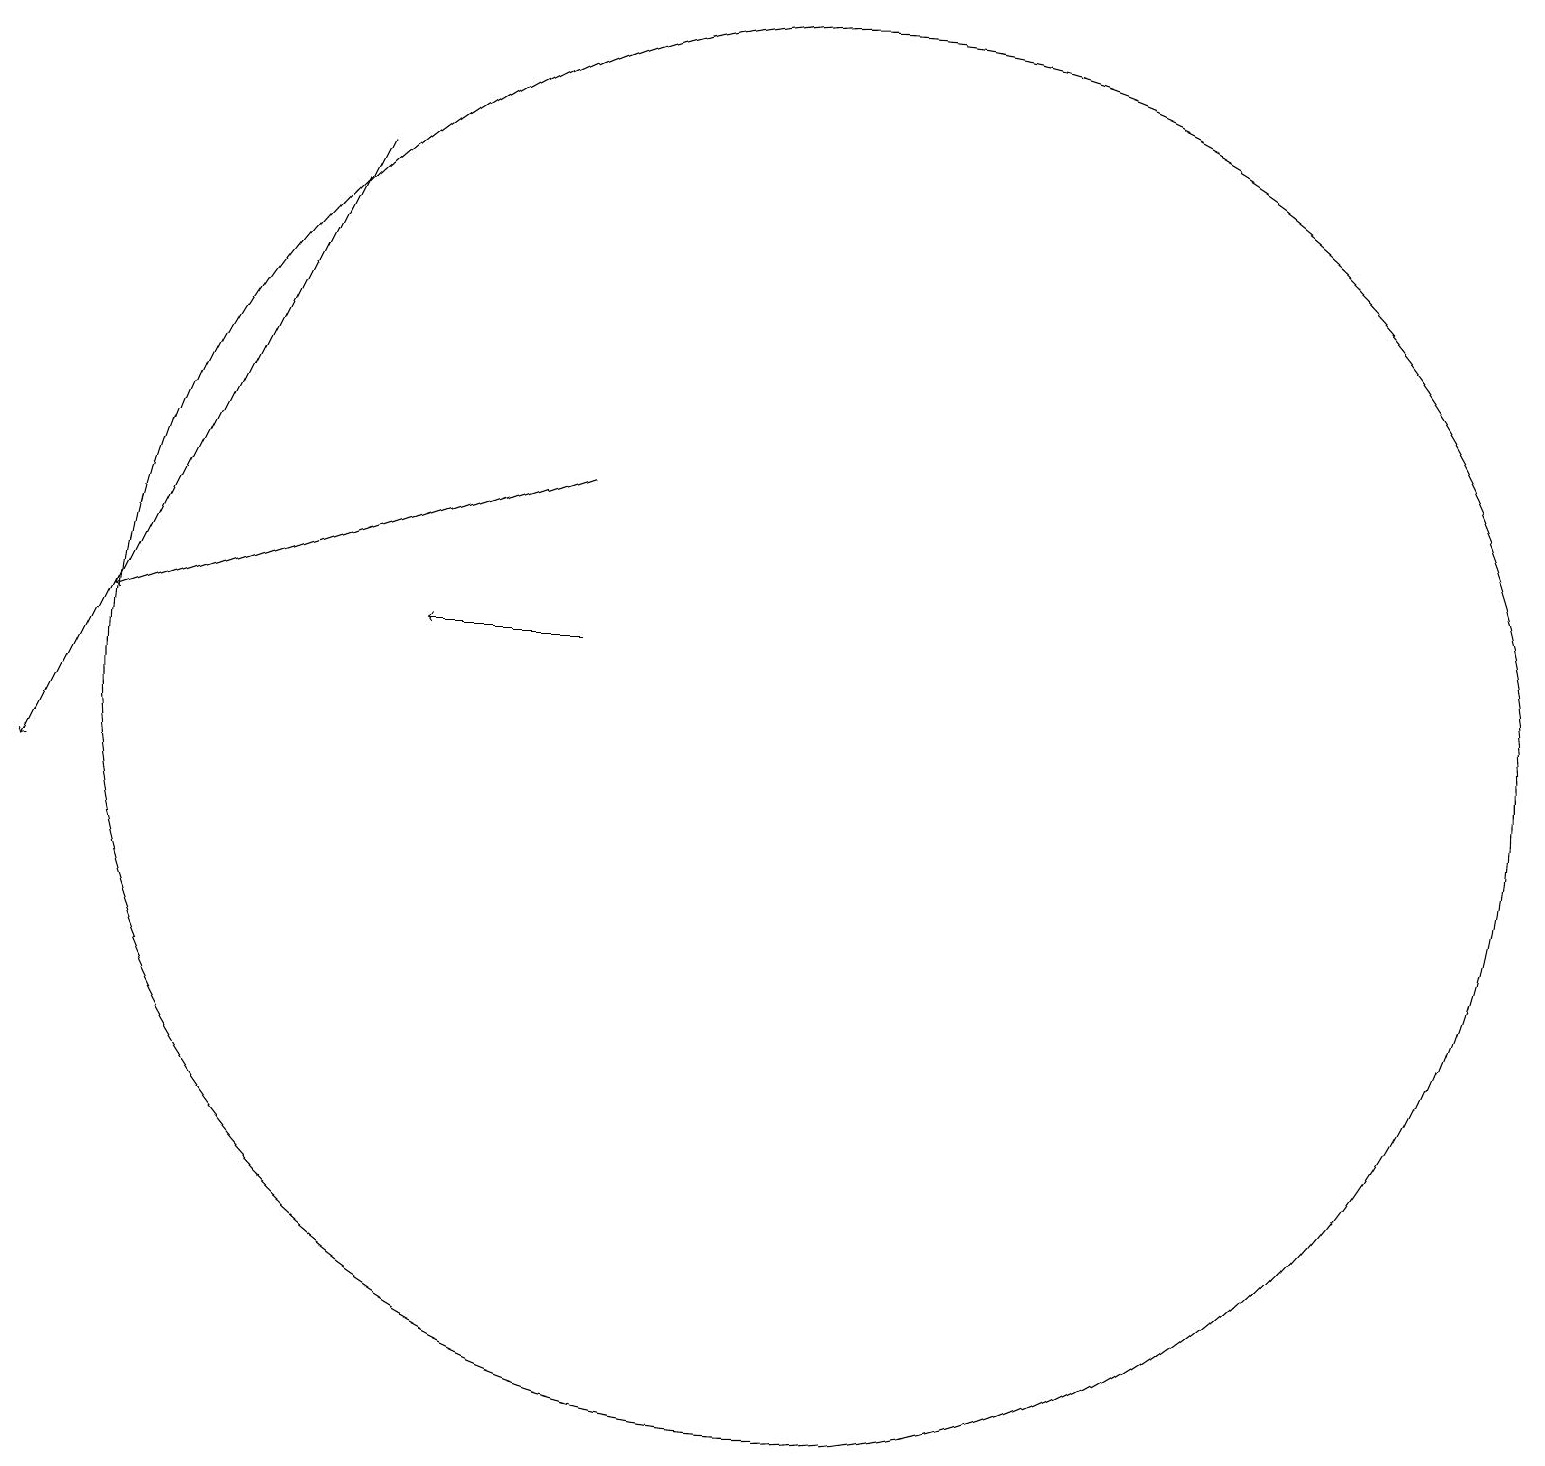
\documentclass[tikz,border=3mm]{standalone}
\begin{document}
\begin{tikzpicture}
\draw[->] (7,12) -- (5,12);
\draw (10,11) circle (9);
\draw[->] (7,14) -- (1,12);
\draw[->] (4,18) -- (0,10);
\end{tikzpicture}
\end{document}